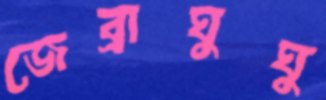
জেব্রাঘুঘু